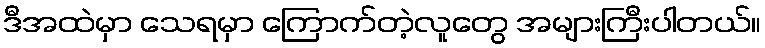
ဒီအထဲမှာ သေရမှာ ကြောက်တဲ့လူတွေ အများကြီးပါတယ်။